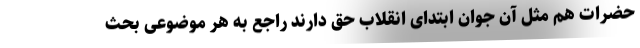
حضرات هم مثل آن جوان ابتدای انقلاب حق دارند راجع به هر موضوعی بحث